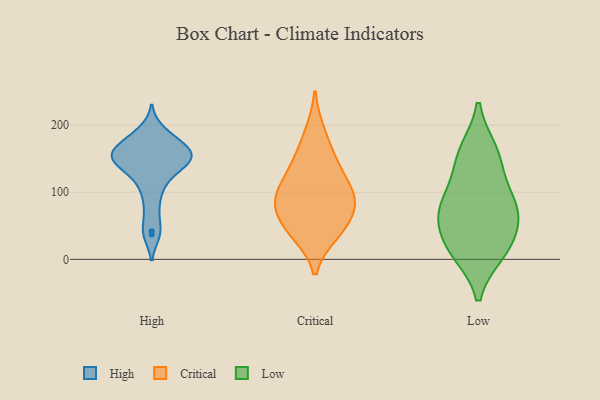
{"axis": {"x": "Active Users", "y": "Value"}, "legend": ["Critical", "High", "Low"], "data": [{"x": "", "y": 176, "type": "High"}, {"x": "", "y": 97, "type": "High"}, {"x": "", "y": 128, "type": "High"}, {"x": "", "y": 155, "type": "High"}, {"x": "", "y": 184, "type": "High"}, {"x": "", "y": 146, "type": "High"}, {"x": "", "y": 160, "type": "High"}, {"x": "", "y": 160, "type": "High"}, {"x": "", "y": 42, "type": "High"}, {"x": "", "y": 72, "type": "High"}, {"x": "", "y": 192, "type": "High"}, {"x": "", "y": 37, "type": "High"}, {"x": "", "y": 140, "type": "High"}, {"x": "", "y": 154, "type": "High"}, {"x": "", "y": 139, "type": "High"}, {"x": "", "y": 161, "type": "High"}, {"x": "", "y": 168, "type": "High"}, {"x": "", "y": 113, "type": "High"}, {"x": "", "y": 146, "type": "High"}, {"x": "", "y": 82, "type": "Critical"}, {"x": "", "y": 149, "type": "Critical"}, {"x": "", "y": 42, "type": "Critical"}, {"x": "", "y": 190, "type": "Critical"}, {"x": "", "y": 113, "type": "Critical"}, {"x": "", "y": 109, "type": "Critical"}, {"x": "", "y": 77, "type": "Critical"}, {"x": "", "y": 47, "type": "Critical"}, {"x": "", "y": 90, "type": "Critical"}, {"x": "", "y": 145, "type": "Critical"}, {"x": "", "y": 38, "type": "Critical"}, {"x": "", "y": 84, "type": "Critical"}, {"x": "", "y": 73, "type": "Low"}, {"x": "", "y": 129, "type": "Low"}, {"x": "", "y": 10, "type": "Low"}, {"x": "", "y": 76, "type": "Low"}, {"x": "", "y": 10, "type": "Low"}, {"x": "", "y": 74, "type": "Low"}, {"x": "", "y": 158, "type": "Low"}, {"x": "", "y": 44, "type": "Low"}, {"x": "", "y": 162, "type": "Low"}, {"x": "", "y": 87, "type": "Low"}, {"x": "", "y": 24, "type": "Low"}]}